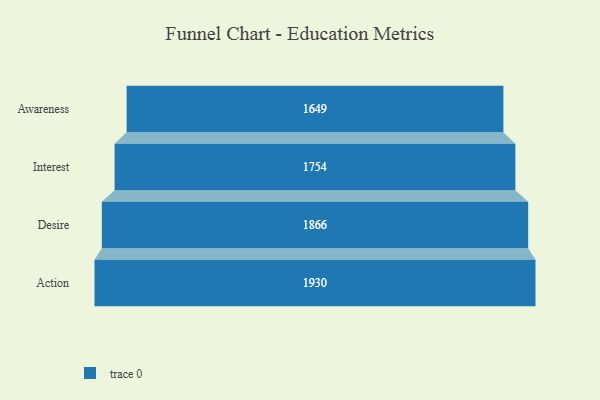
{"axis": {"x": "Stage", "y": "Value"}, "legend": [""], "data": [{"x": "Awareness", "y": 1649.0, "type": ""}, {"x": "Interest", "y": 1754.0, "type": ""}, {"x": "Desire", "y": 1866.0, "type": ""}, {"x": "Action", "y": 1930.0, "type": ""}]}